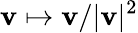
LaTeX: \mathbf{v}\mapsto\mathbf{v}/|\mathbf{v}|^{2}